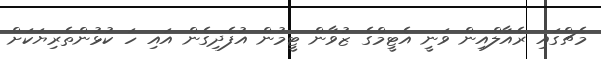
މެޗްގައި ރެއާލްއިން ވަނީ އެޓީމްގެ ޒުވާން ޓީމުން އުފެދިގެން އައި ހަ ކުޅުންތެރިޔަކަށް